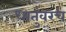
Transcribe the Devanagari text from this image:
धातुंवरच